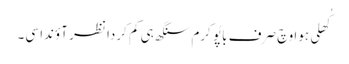
کُھلی ہوا وچ صرف باپُو کرم سنگھ ہی کم کردا نظر آؤندا سی۔